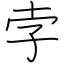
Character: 孛